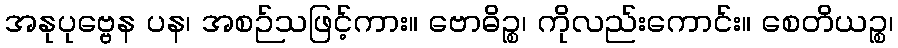
အနုပုဗ္ဗေန ပန၊ အစဉ်သဖြင့်ကား။ ဗောဓိဉ္စ၊ ကိုလည်းကောင်း။ စေတိယဉ္စ၊